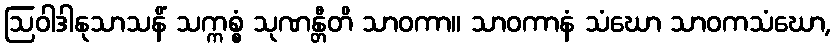
ဩဝါဒါနုသာသနိံ သက္ကစ္စံ သုဏန္တီတိ သာဝကာ။ သာဝကာနံ သံဃော သာဝကသံဃော,